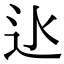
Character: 𨑝